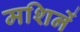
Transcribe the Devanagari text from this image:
मशिनें